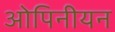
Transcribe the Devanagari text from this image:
ओपिनीयन